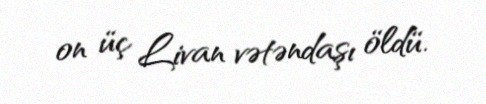
on üç Livan vətəndaşı öldü.